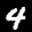
Digit: 4